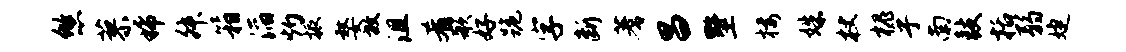
悠蓼稀舛箱滔灼振嫠放沮肴歌好跪字断蓍昌墅楼姝杖槐乎南鼓括弱婕